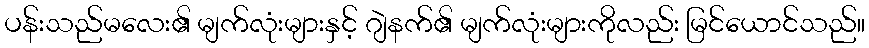
ပန်းသည်မလေး၏ မျက်လုံးများနှင့် ဂျဲနက်၏ မျက်လုံးများကိုလည်း မြင်ယောင်သည်။